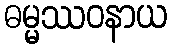
ဓမ္မဿဝနာယ